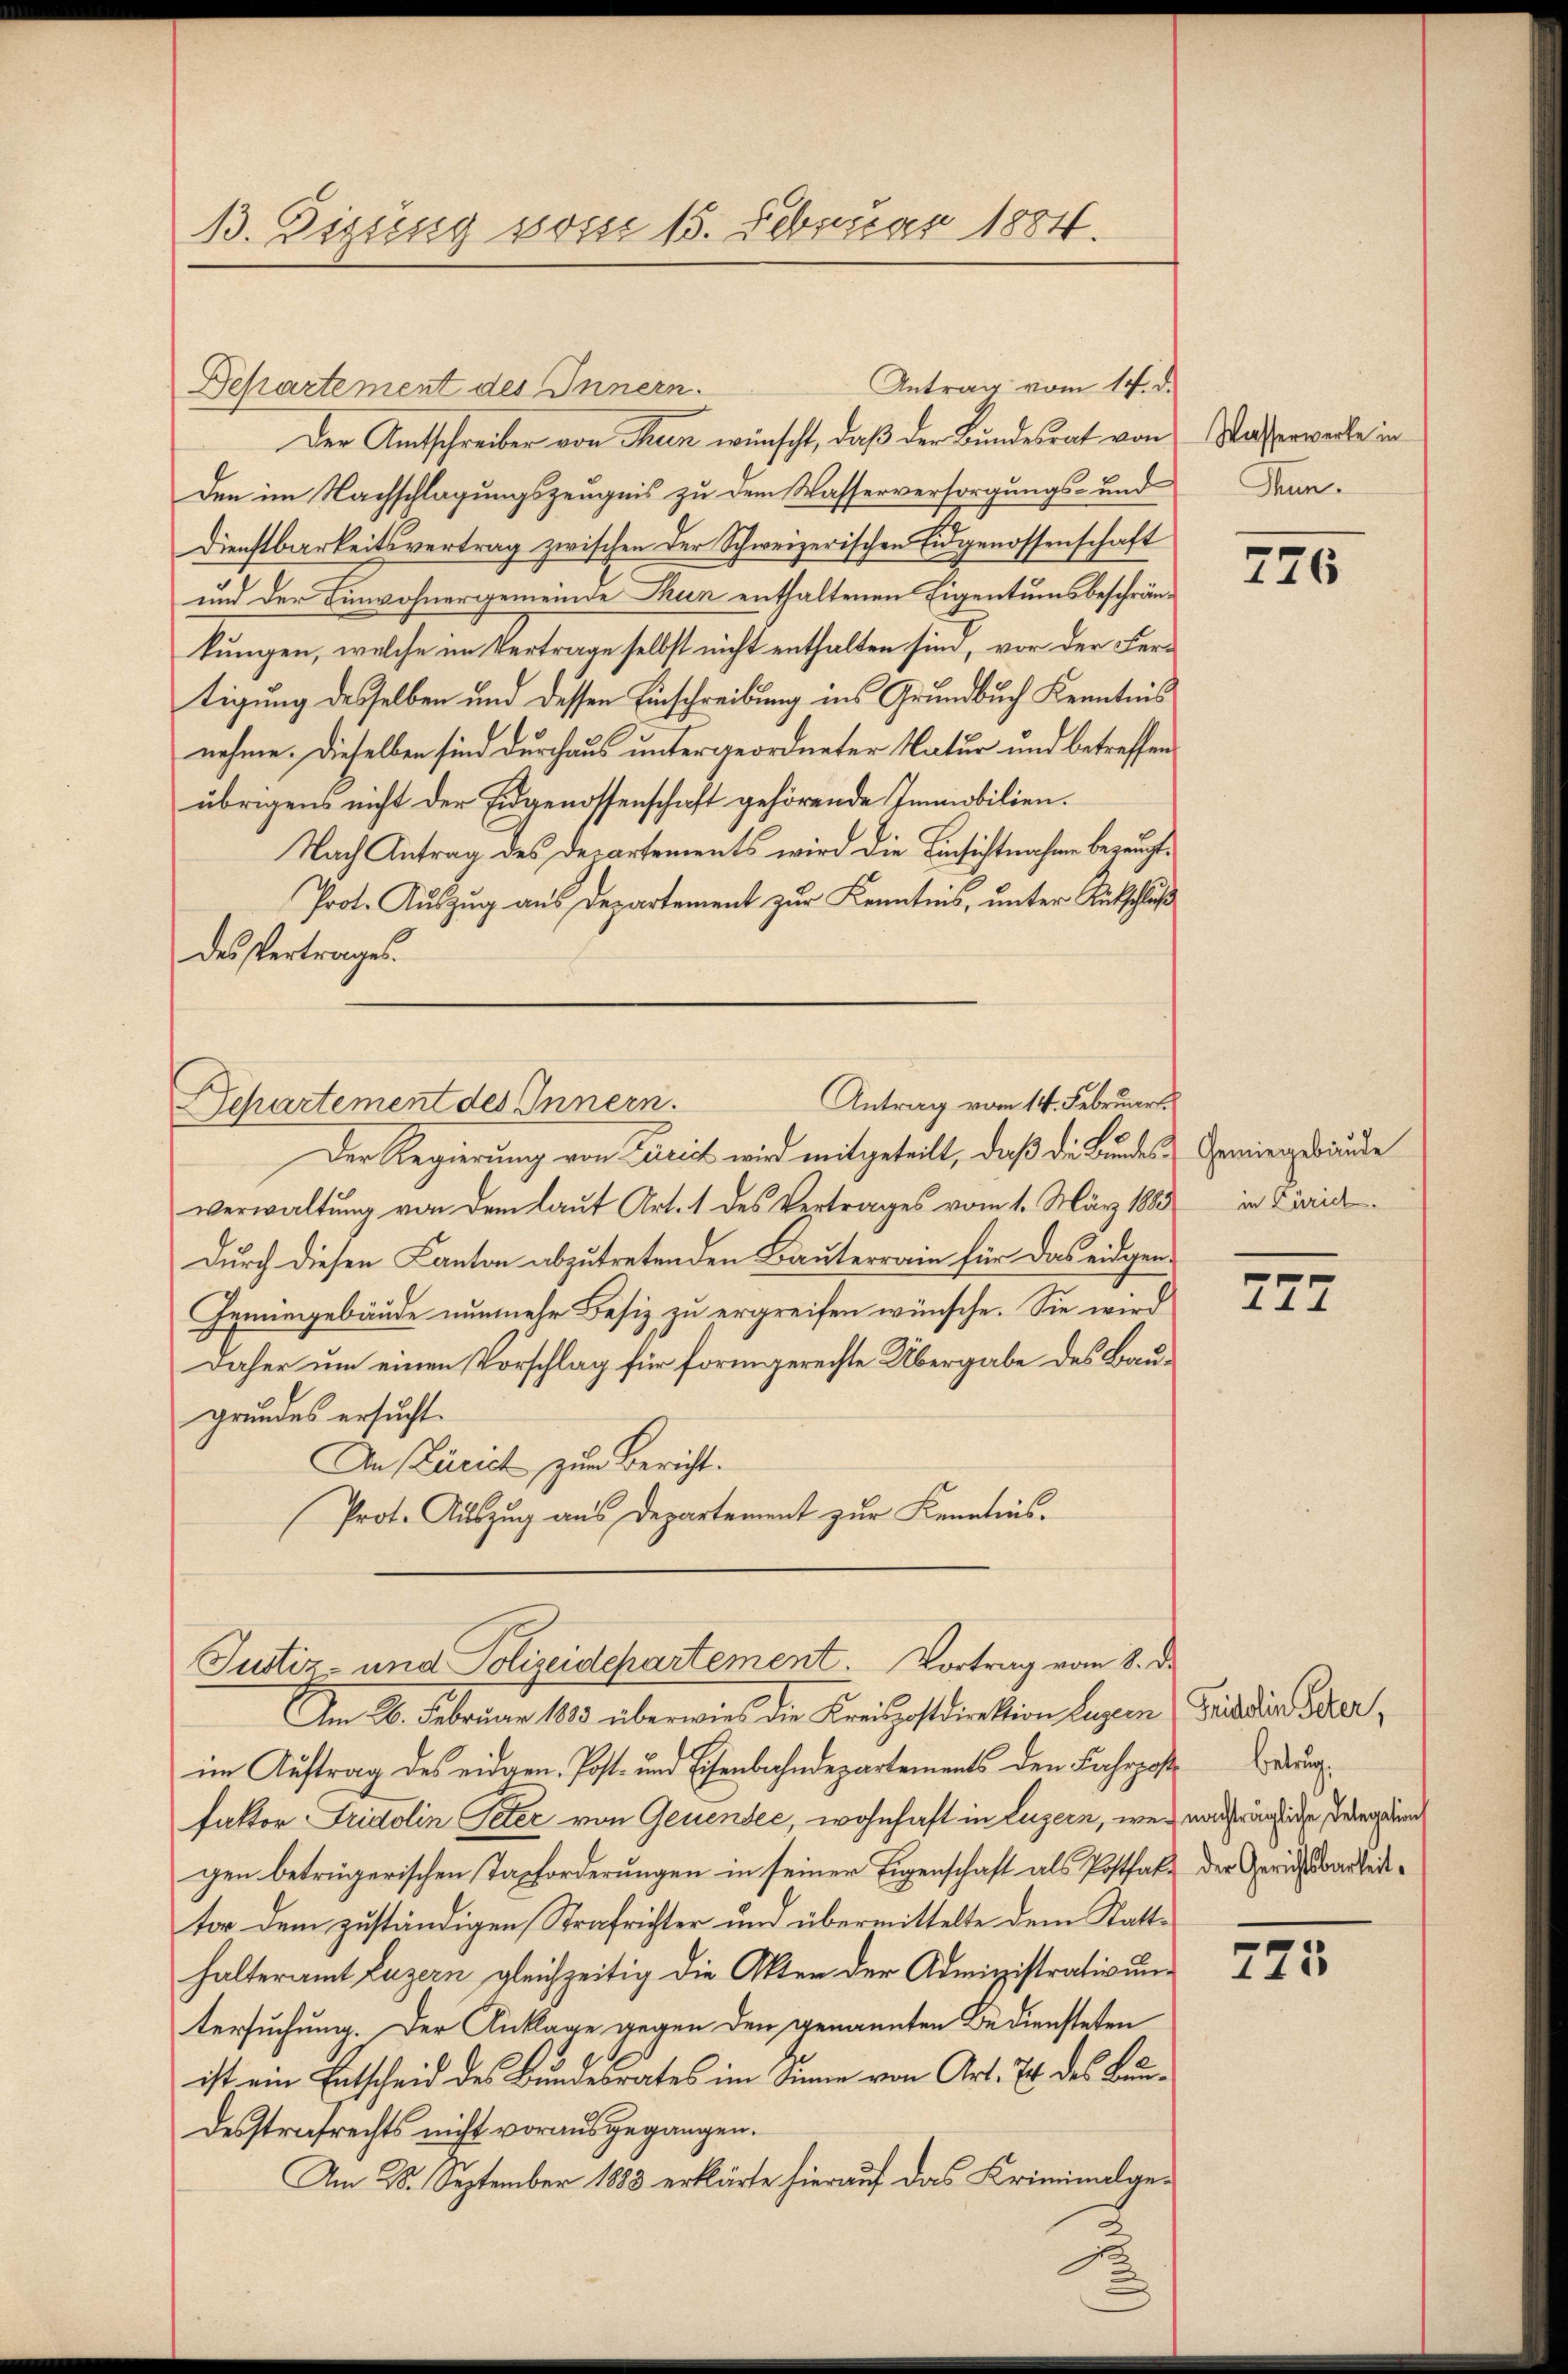
B. Disseng stosse 15. Februar 1884.

Departement des Innern.
Der Amtschreiber von Thun wünscht, daß der Bundesrat von
Den im Nachschlagungszeugnis zu dem Wasserversorgungs- und
Dienstbarkeitsvertrag zwischen der Schweizerischen Eidgenossenschaft
und der Einwohnergemeinde Thun enthaltenen Eigentumsbeschränkungen, welche im Vertrage selbst nicht enthalten sind, vor der Fertigung desselben und dessen Einschreibung ins Grundbuch Kenntnis
nehme. Dieselben sind durchaus untergeordneter Natur und betreffenübrigens nicht der Eidgenossenschaft gehörende Immobilien.
Nach Antrag des Departements wird die Einsichtnahme bezeugt,
Prot. Auszug aus Departement zur Kenntnis, unter Entschluß
des Vertrages.
Antrag vom 14. Februart.
Departement des Innern.
Der Regierung von Licich wird mitgeteilt, daß die Bundes-Gemingbrunde
verwaltŭng von dem laŭt Art. 1 des Vertrages vom 1. März 1883 in Züric
Durch diesen Kanton abzutretenden Bauterrain für das eidgen¬
Geminggebäude nunmehr Besiz zu ergreifen wünsche. Sie wird
Daher um einen Vorschlag für form gerechte Übergabe des Baugrundes ersucht.
An Zürich zum Bericht.
Prot. Auszug aus Departement zur Kenntnis.

Antrag vom 14. d.

Justiz- und Polizeidepartement. Vortrag vom 8. d.

Am 26. Februar 1843 überwies die Kreispostdirektion Luzern Friddien Scher,
im Auftrag des eidgen. Post- und Eisenbahndepartements den Fahrpostu
faktor Fridolin Peter von Genender, wohnhaft in Luzern, wenn machträgliche Weg und
gen betrügerischen Taxforderungen in seiner Eigenschaft als Posthaltor dem zuständigen Strafrichter und übermittelte dem Statthalteramt Luzern gleichzeitig die Akten der Administrativuntersuchung. Der Anklage gegen den genannten Bediensteten
ist ein Entscheid des Bundesrates im Sinne von Art. 74 des Bundesstrafrechts nicht vorausgegangen.
Am 28. September 1883 erklärte hierauf das Kriminalge¬

Wasserwerke in
Thun.

776

777

der Gerichtsbarkeit.

725